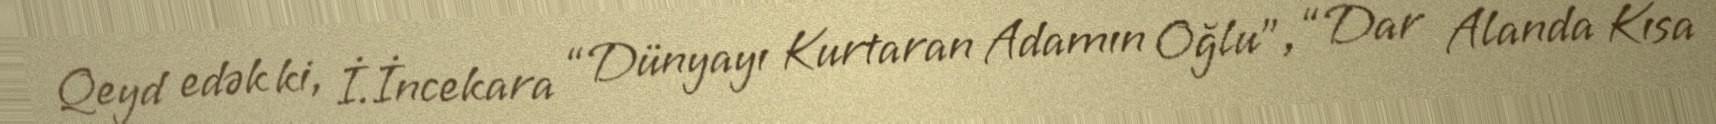
Qeyd edək ki, İ.İncekara “Dünyayı Kurtaran Adamın Oğlu”, “Dar Alanda Kısa